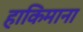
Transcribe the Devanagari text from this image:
हाकिमाना